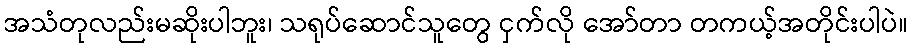
အသံတုလည်းမဆိုးပါဘူး၊ သရုပ်ဆောင်သူတွေ ငှက်လို အော်တာ တကယ့်အတိုင်းပါပဲ။